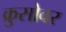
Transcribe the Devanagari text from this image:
क्रुसोवर